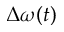
\Delta \omega ( t )